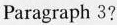
Paragraph 3?